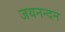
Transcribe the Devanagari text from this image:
जयनन्दन